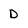
Character: D